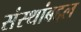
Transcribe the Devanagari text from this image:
संस्थांबद्दल